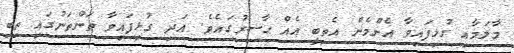
މާލަމާއި ގުޅިފައިވާ އެންމެން އެތިބީ އެއް ޙާޟިރުގައެވެ. އަދި ގުޅިފައިވާ ތަންތަނުގައި ތިބި